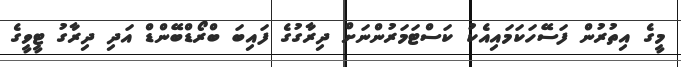
މީގެ އިތުރުން ފަސޭހަކަމައިއެކު ކަސްޓަމަރުންނަށް ދިރާގުގެ ފައިބަ ބްރޯޑްބޭންޑް އަދި ދިރާގު ޓީވީގެ